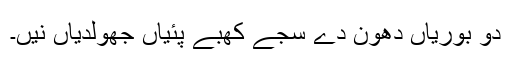
دو بوریاں دھون دے سجے کھبے پئیاں جھولدیاں نیں۔